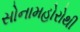
સોનામહોરોથી